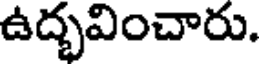
ఉద్భవించారు.